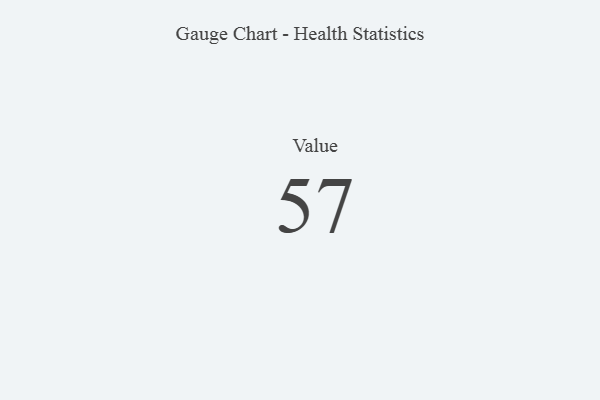
{"axis": {"x": "Metric", "y": "Value"}, "legend": [""], "data": [{"x": "Value", "y": 57, "type": ""}]}